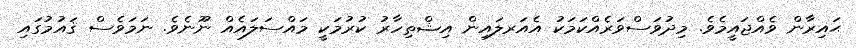
ޙައިރާން ވެއްޖައީމެވެ. މިދުވަސްވަރެއްކަމަކު އެއަރލައިން އިޝްތިހާރު ކުރުމަކީ މައްސަލައެއް ނޫނެވެ. ނަމަވެސް ޤައުމުގައި